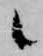
候